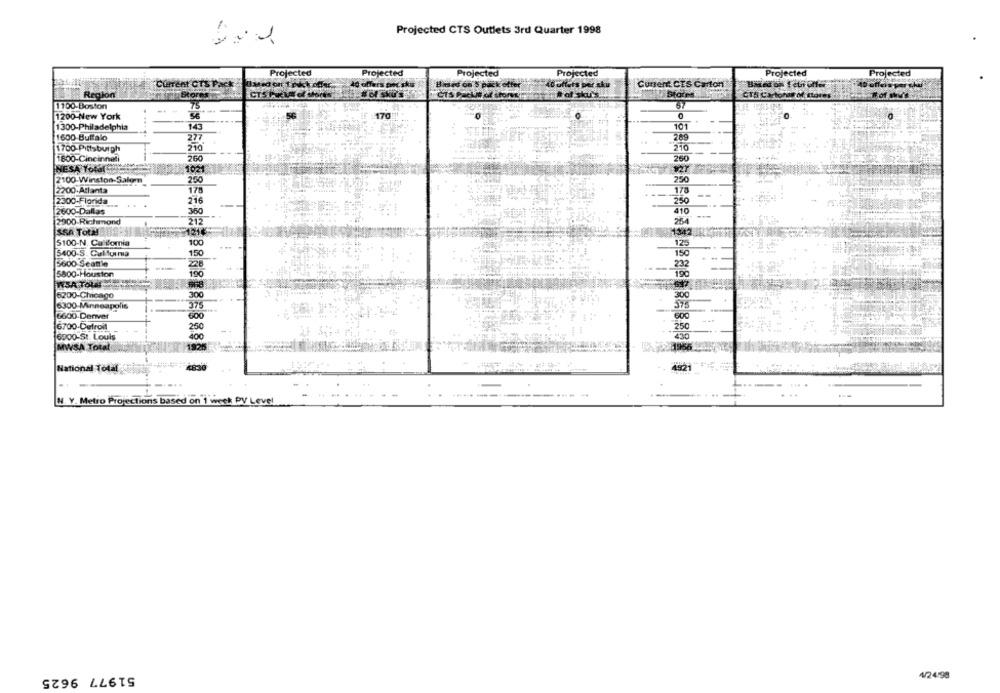
Projected CTS Outlets 3rd Quarter 1998
Projected
Projected
Projected
Projected
Projected
Projected
Current CTS PACK
Ad offers por sku
Based on'S pack offer
40 offers per sku
Current CTS Carton
Region
Stor
CTS PEM of short
CTS Packut of storesin
#of sku's.
CTS Carton of flores
57
1100-Boston
1200-New York
56
170
143
101
1300-Philadelphia
1600 Buffalo
277
249
210
210
1700-Pittsburgh
1800-Cincinnati
260
250
NESA Total
1021
2100-Winston-Salem
250
2200-Atlanta
178
178
2300-Florida
216
250
2600-Dallas
36
410
2900-Richmond
212
26
SSA Total
121
1342
5100-N. Califomia
100
12
5400-S. Calfurma
150
150
5600 Seattle
232
5800-Houston
190
190
WSA TOL
6200-Chicago
300
300
375
575
6300 Minneapolis
6600-Denver
500
600
6700-Detroit
250
25
6800-St. Louis
430
MWSA Total
1956
4921
National Total
N. Y. Metro Projections based on 1 week PV Level
51977 9625
₦/24:98